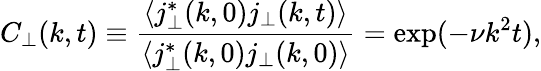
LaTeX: C_{\perp}(k,t)\equiv\frac{\langle j_{\perp}^{\ast}(k,0)j_{\perp}(k,t)\rangle}{\langle j_{\perp}^{\ast}(k,0)j_{\perp}(k,0)\rangle}=\exp(-\nu k^{2}t),